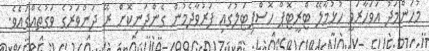
މުހަންމަދު އަވަހާރަވީ ހުޅުމާލޭ ޓްރީޓޮޕް ހޮސްޕިޓަލުގައި ފަރުވާދެމުން ގެންދަނިކޮށް ރޭ ދަންވަރުގެ ވަގުތެއްގައެވެ.